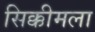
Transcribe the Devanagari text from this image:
सिक्कीमला